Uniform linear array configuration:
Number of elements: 16
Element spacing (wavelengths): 0.5
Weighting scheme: uniform
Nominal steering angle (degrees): -45
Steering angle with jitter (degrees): -46.425
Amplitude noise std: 0.05
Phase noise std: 0.05

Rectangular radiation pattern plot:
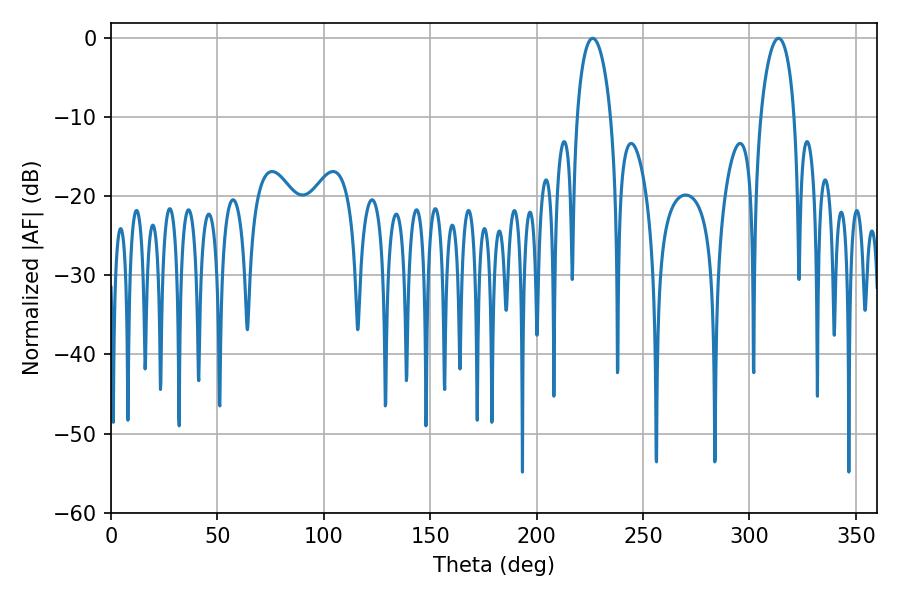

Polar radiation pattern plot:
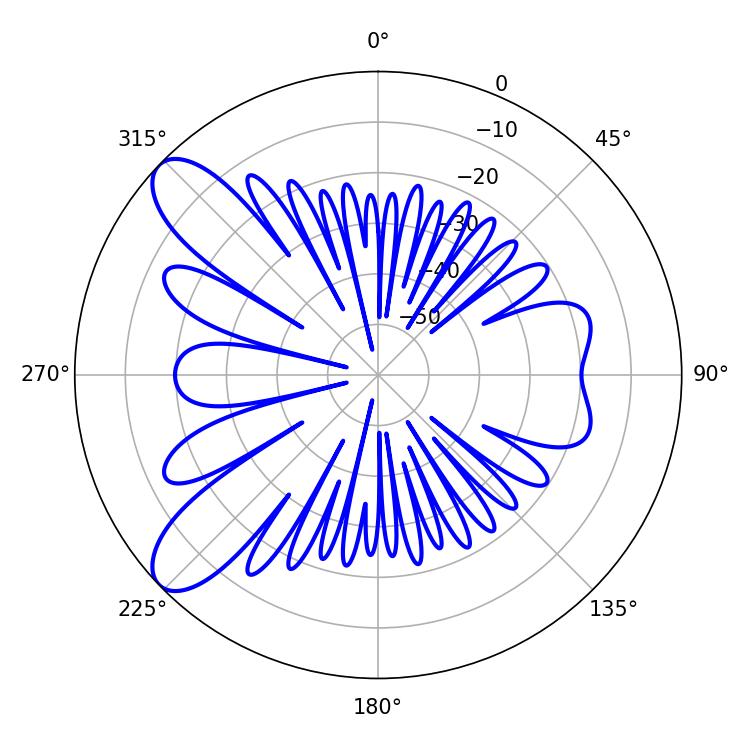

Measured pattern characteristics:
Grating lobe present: FALSE
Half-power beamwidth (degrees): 9.18
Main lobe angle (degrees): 226.26